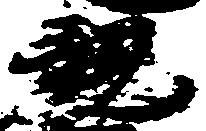
親